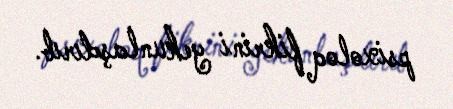
psixoloq fikrini yekunlaşdırıb.